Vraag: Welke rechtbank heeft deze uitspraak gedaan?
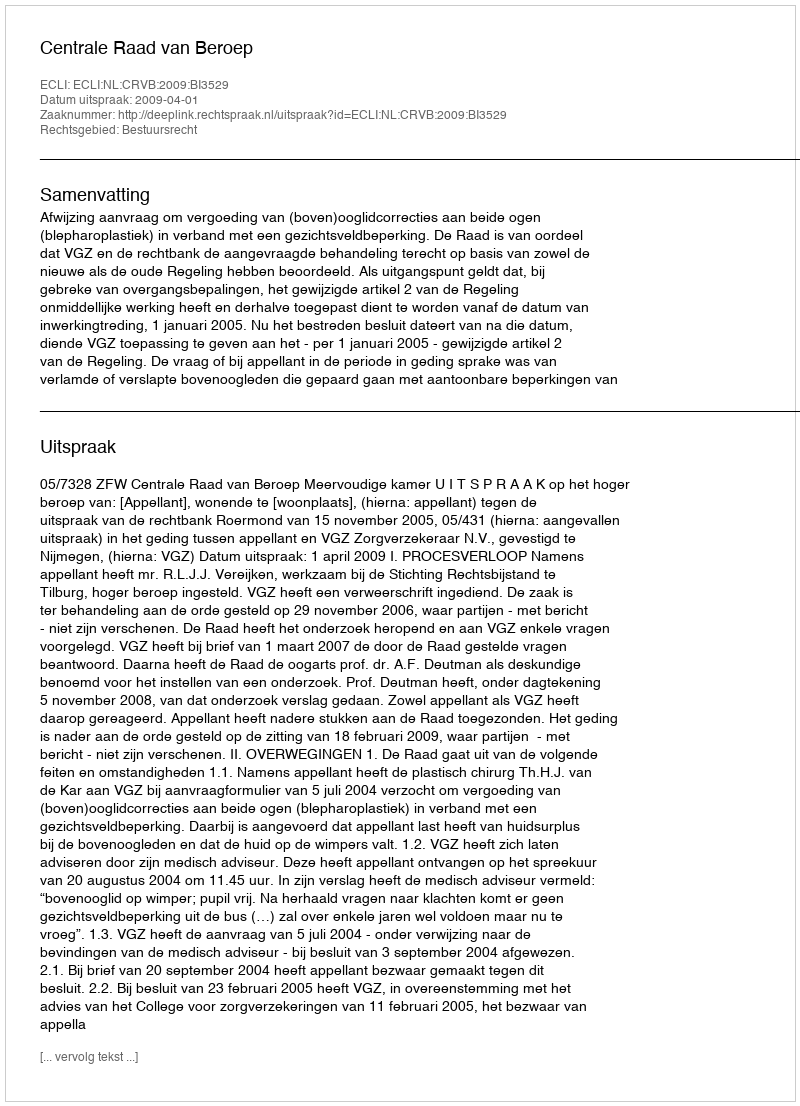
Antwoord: Centrale Raad van Beroep